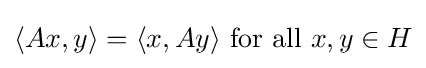
\langle Ax,y\rangle =\langle x,Ay\rangle {\mbox{ for all }}x,y\in H